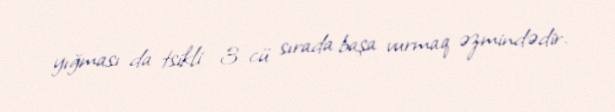
yığması da tsikli 3-cü sırada başa vurmaq əzmindədir.